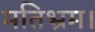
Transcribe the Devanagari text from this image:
मतिभ्रम।